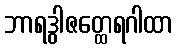
ဘာရဒွါဇတ္ထေရဂါထာ